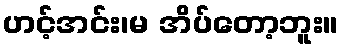
ဟင့်အင်း၊မ အိပ်တော့ဘူး။